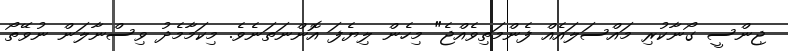
ޖިންސީ ގޯނާކުރި މައްސަލައެއް ފެންމަތިވެއްޖެ" މިހެން ލިޔެފަ އޮންނަތަނެވެ. މިކަމާމެދު ވިސްނާލަން ނުވޭތޯ